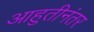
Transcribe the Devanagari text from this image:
आहुतीनंतर